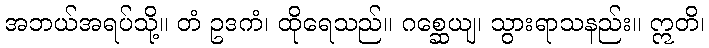
အဘယ်အရပ်သို့။ တံ ဥဒကံ၊ ထိုရေသည်။ ဂစ္ဆေယျ၊ သွားရာသနည်း။ ဣတိ၊